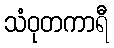
သံဝုတကာရီ